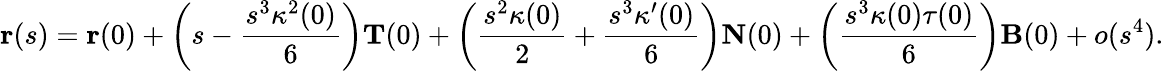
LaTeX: \mathbf{r}(s)=\mathbf{r}(0)+\left(s-{\frac{s^{3}\kappa^{2}(0)}{6}}\right)\mathbf{T}(0)+\left({\frac{s^{2}\kappa(0)}{2}}+{\frac{s^{3}\kappa^{\prime}(0)}{6}}\right)\mathbf{N}(0)+\left({\frac{s^{3}\kappa(0)\tau(0)}{6}}\right)\mathbf{B}(0)+o(s^{4}).